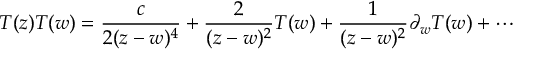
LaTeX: T ( z ) T ( w ) = \frac { c } { 2 ( z - w ) ^ { 4 } } + \frac { 2 } { ( z - w ) ^ { 2 } } T ( w ) + \frac { 1 } { ( z - w ) ^ { 2 } } \partial _ { w } T ( w ) + \cdots